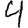
Digit: 4